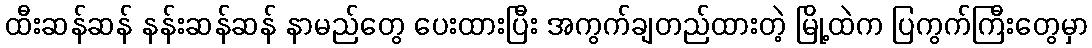
ထီးဆန်ဆန် နန်းဆန်ဆန် နာမည်တွေ ပေးထားပြီး အကွက်ချတည်ထားတဲ့ မြို့ထဲက ပြကွက်ကြီးတွေမှာ